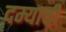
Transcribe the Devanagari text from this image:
दम्याची